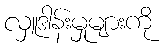
လှူဒါန်းမှုများကို